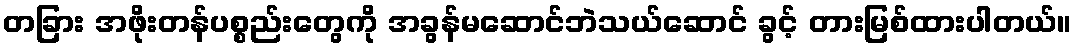
တခြား အဖိုးတန်ပစ္စည်းတွေကို အခွန်မဆောင်ဘဲသယ်ဆောင် ခွင့် တားမြစ်ထားပါတယ်။